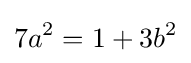
7a^{2}=1+3b^{2}